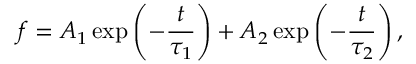
f = A _ { 1 } \exp \left( - \frac { t } { \tau _ { 1 } } \right) + A _ { 2 } \exp \left( - \frac { t } { \tau _ { 2 } } \right) ,